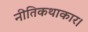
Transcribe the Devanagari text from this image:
नीतिकथाकार।